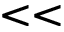
< <